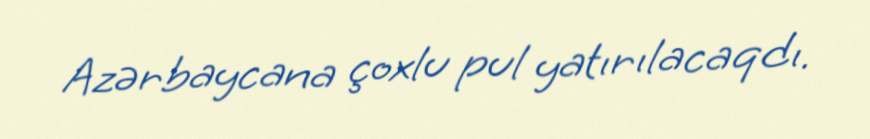
Azərbaycana çoxlu pul yatırılacaqdı.